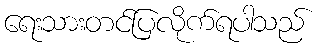
ရေးသားတင်ပြလိုက်ရပါသည်